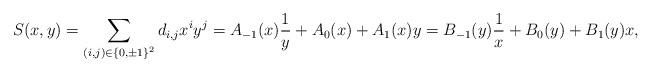
LaTeX: \begin{align*}S(x,y) =\sum_{(i,j)\in \{0,\pm 1\}^{2}} d_{i,j}x^i y^j= A_{-1}(x) \frac{1}{y} +A_{0}(x)+ A_{1}(x) y= B_{-1}(y) \frac{1}{x} +B_{0}(y)+ B_{1}(y) x,\end{align*}